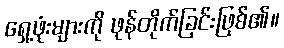
ရှေ့ဖုံးများကို ဖုန်တိုက်ခြင်းဖြစ်၏။